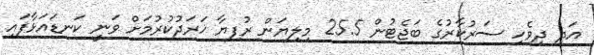
އަދި ދިވެހި ސަރުކާރުގެ ބަޖެޓުން 25.5 މިލިޔަން ރުފިޔާ ޚަރަދުކުރުމަށް ވަނީ ކަނޑައަޅާފައި